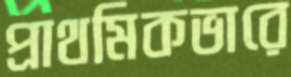
প্রাথমিকভারে